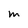
Character: m